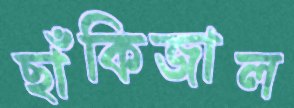
ছাঁকিজাল